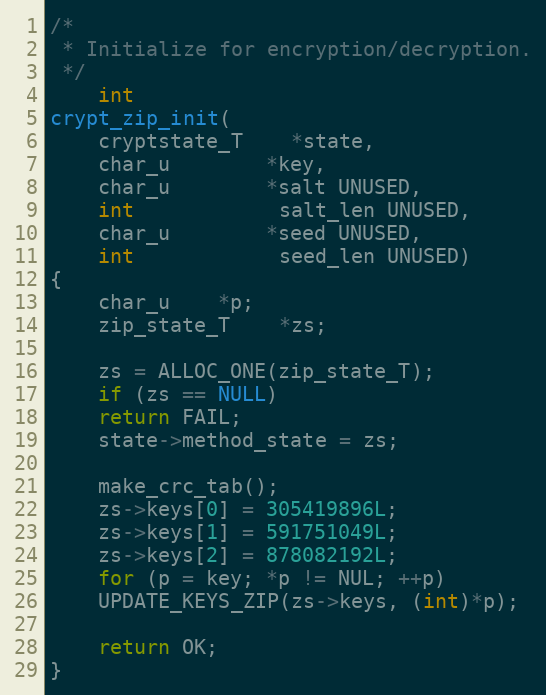
Language: C
/*
 * Initialize for encryption/decryption.
 */
    int
crypt_zip_init(
    cryptstate_T    *state,
    char_u	    *key,
    char_u	    *salt UNUSED,
    int		    salt_len UNUSED,
    char_u	    *seed UNUSED,
    int		    seed_len UNUSED)
{
    char_u	*p;
    zip_state_T	*zs;

    zs = ALLOC_ONE(zip_state_T);
    if (zs == NULL)
	return FAIL;
    state->method_state = zs;

    make_crc_tab();
    zs->keys[0] = 305419896L;
    zs->keys[1] = 591751049L;
    zs->keys[2] = 878082192L;
    for (p = key; *p != NUL; ++p)
	UPDATE_KEYS_ZIP(zs->keys, (int)*p);

    return OK;
}